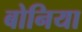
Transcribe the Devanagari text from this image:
बोनिया